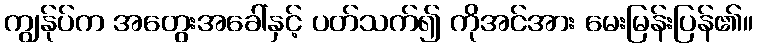
ကျွန်ုပ်က အတွေးအခေါ်နှင့် ပတ်သက်၍ ကိုအင်အား မေးမြန်းပြန်၏။